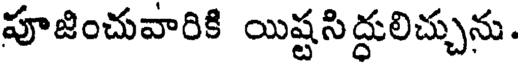
పూజించువారికి యిష్టసిద్ధులిచ్చును.